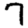
Digit: 7